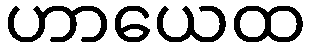
ဟာယေထ